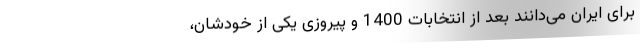
برای ایران می‌دانند بعد از انتخابات 1400 و پیروزی یکی از خودشان،